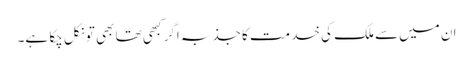
ان میں‌سے ملک کی خدمت کا جذبہ اگر کبھی تھا بھی تو نکل چکا ہے۔